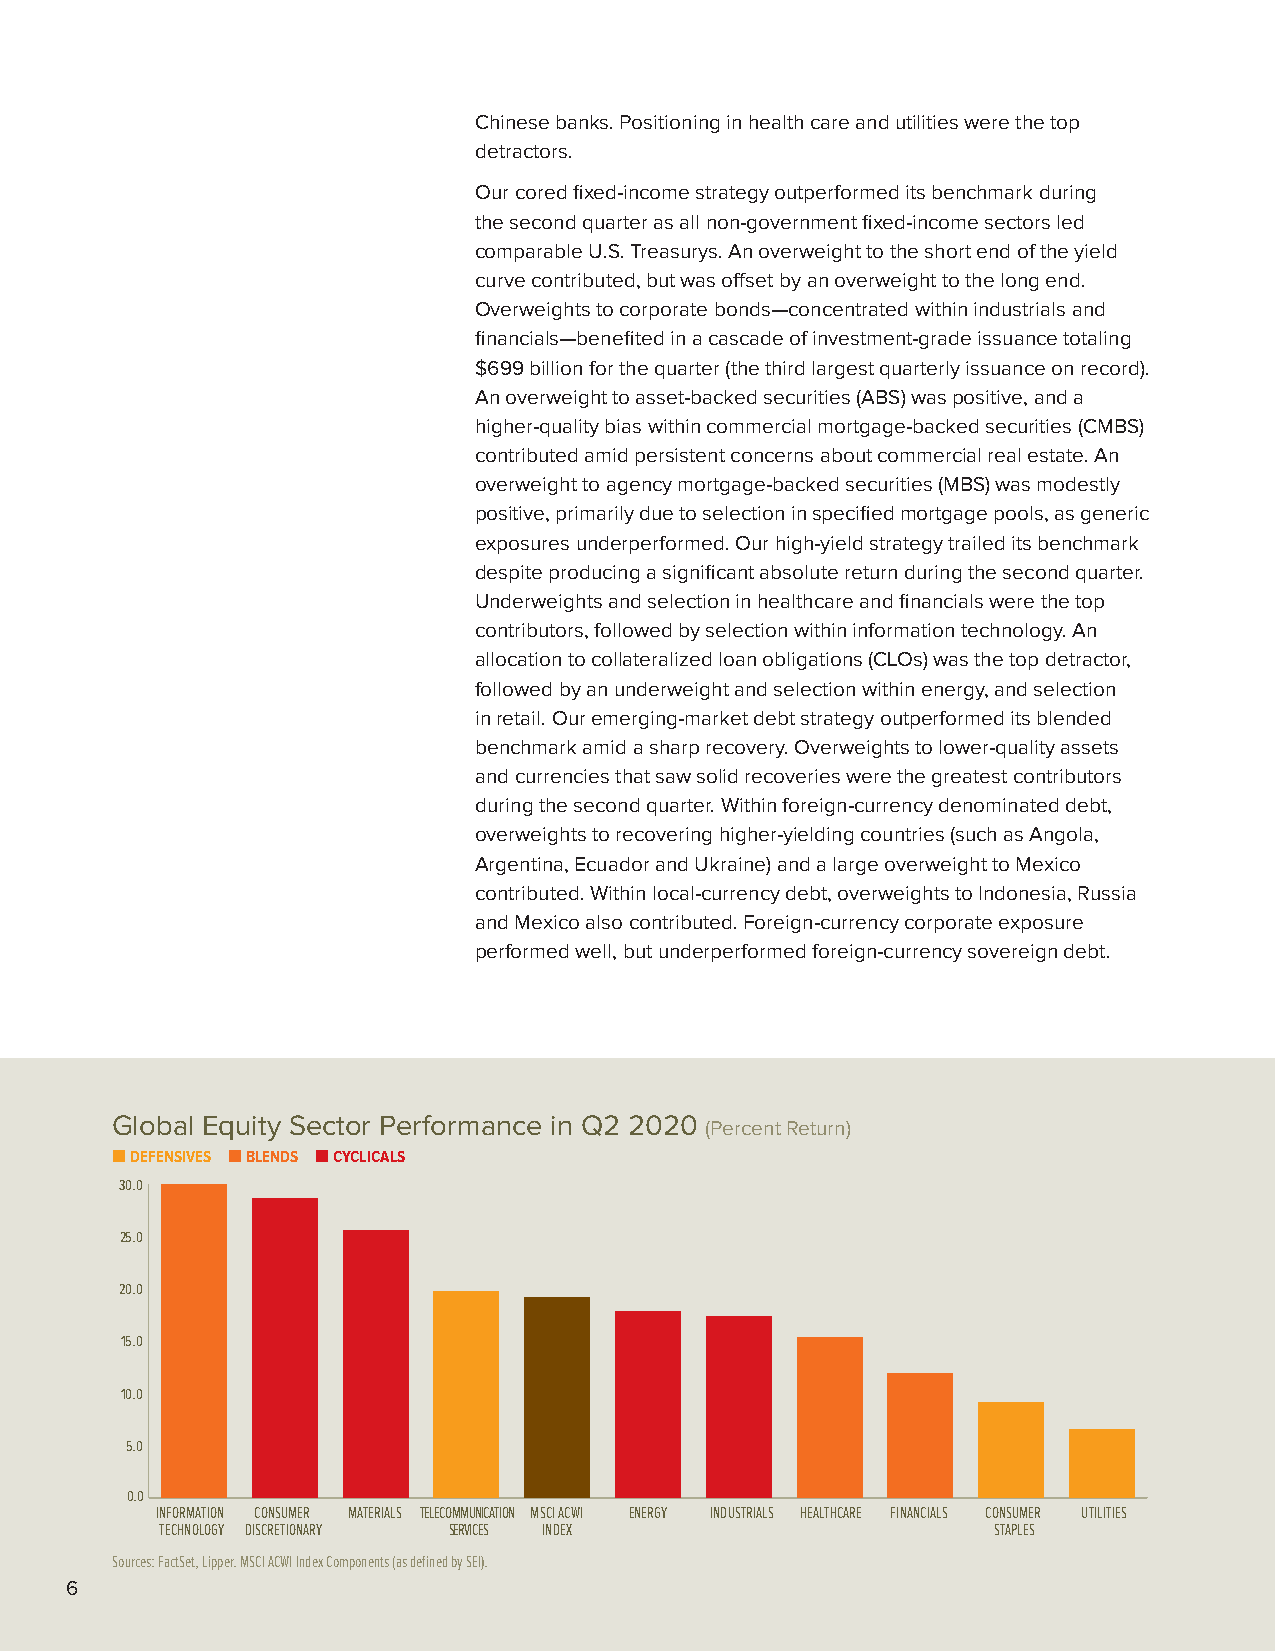
Chinese banks. Positioning in health care and utilities were the top
 detractors.
 Our cored fixed-income strategy outperformed its benchmark during
 the second quarter as all non-government fixed-income sectors led
 comparable U.S. Treasurys. An overweight to the short end of the yield
 curve contributed, but was offset by an overweight to the long end.
 Overweights to corporate bonds—concentrated within industrials and
 financials—benefited in a cascade of investment-grade issuance totaling
 $699 billion for the quarter (the third largest quarterly issuance on record).
 An overweight to asset-backed securities (ABS) was positive, and a
 higher-quality bias within commercial mortgage-backed securities (CMBS)
 contributed amid persistent concerns about commercial real estate. An
 overweight to agency mortgage-backed securities (MBS) was modestly
 positive, primarily due to selection in specified mortgage pools, as generic
 exposures underperformed. Our high-yield strategy trailed its benchmark
 despite producing a significant absolute return during the second quarter.
 Underweights and selection in healthcare and financials were the top
 contributors, followed by selection within information technology. An
 allocation to collateralized loan obligations (CLOs) was the top detractor,
 followed by an underweight and selection within energy, and selection
 in retail. Our emerging-market debt strategy outperformed its blended
 benchmark amid a sharp recovery. Overweights to lower-quality assets
 and currencies that saw solid recoveries were the greatest contributors
 during the second quarter. Within foreign-currency denominated debt,
 overweights to recovering higher-yielding countries (such as Angola,
 Argentina, Ecuador and Ukraine) and a large overweight to Mexico
 contributed. Within local-currency debt, overweights to Indonesia, Russia
 and Mexico also contributed. Foreign-currency corporate exposure
 performed well, but underperformed foreign-currency sovereign debt.
 Global Equity Sector Performance in Q2 2020
 (Percent Return)
 ■ DEFENSIVES ■ BLENDS ■ CYCLICALS
 30.0
 25.0
 20.0
 15.0
 10.0
 5.0
 0.0
 INFORMATION CONSUMER MATERIALS TELECOMMUNICATION MSCI ACWI ENERGY INDUSTRIALS HEALTHCARE FINANCIALS CONSUMER UTILITIES
 TECHNOLOGY DISCRETIONARY SERVICES INDEX                STAPLES
 Sources: FactSet, Lipper. MSCI ACWI Index Components (as defined by SEI).
 6